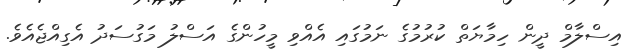
އިސްލާމް ދީން ހިމާޔަތް ކުރުމުގެ ނަމުގައި އެއްވި މީހުންގެ އަސްލު މަގުސަދު އެގިއްޖެއެވެ.